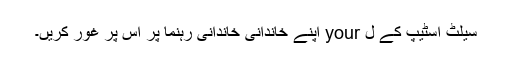
سیلٹ اسٹیپ کے ل your اپنے خاندانی خاندانی رہنما پر اس پر غور کریں۔